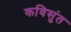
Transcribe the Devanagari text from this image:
कविसुंत